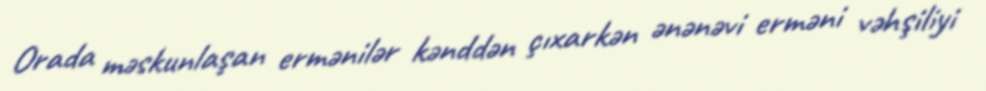
Orada məskunlaşan ermənilər kənddən çıxarkən ənənəvi erməni vəhşiliyi